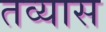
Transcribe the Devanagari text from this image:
तव्यास